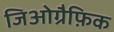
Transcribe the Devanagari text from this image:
जिओग्रैफ़िक